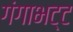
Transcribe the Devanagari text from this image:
गंगाभट्ट